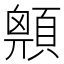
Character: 𩔅